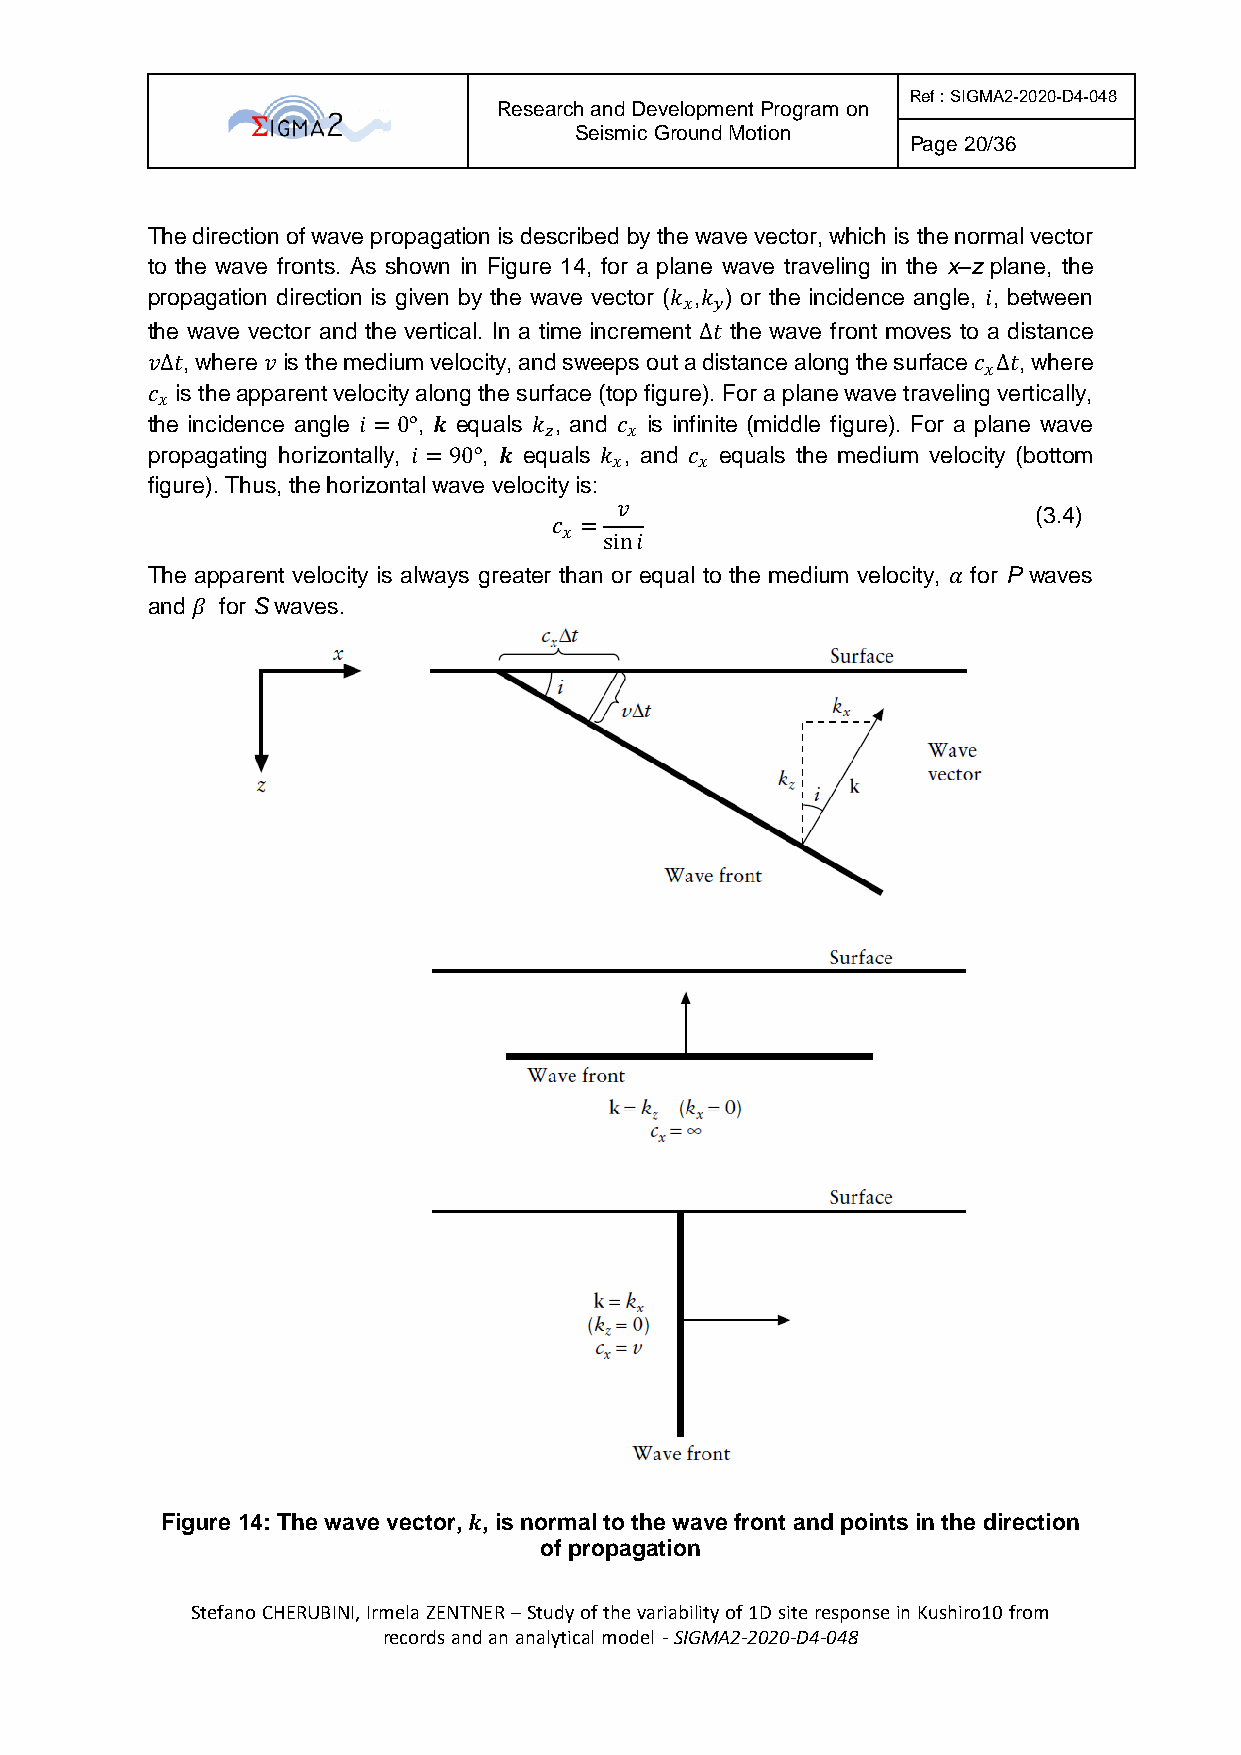
Ref : SIGMA2-2020-D4-048
 Research and Development Program on
 Seismic Ground Motion
 Page 20/36
 The direction of wave propagation is described by the wave vector, which is the normal vector
 to the wave fronts. As shown in Figure 14, for a plane wave traveling in the x–z plane, the
 propagation direction is given by the wave vector (𝑘 ,𝑘 ) or the incidence angle, 𝑖, between
 𝑥 𝑦
 the wave vector and the vertical. In a time increment Δ𝑡 the wave front moves to a distance
 𝑣Δ𝑡, where 𝑣 is the medium velocity, and sweeps out a distance along the surface 𝑐 Δ𝑡, where
 𝑥
 𝑐 is the apparent velocity along the surface (top figure). For a plane wave traveling vertically,
 𝑥
 the incidence angle 𝑖 = 0°, 𝒌 equals 𝑘 , and 𝑐 is infinite (middle figure). For a plane wave
 𝑧    𝑥
 propagating horizontally, 𝑖 = 90°, 𝒌 equals 𝑘 , and 𝑐 equals the medium velocity (bottom
 𝑥    𝑥
 figure). Thus, the horizontal wave velocity is:
 𝑣
 (3.4)
 𝑐 =
 𝑥  sin𝑖
 The apparent velocity is always greater than or equal to the medium velocity, 𝛼 for P waves
 and 𝛽 for S waves.
 Figure 14: The wave vector, 𝒌, is normal to the wave front and points in the direction
 of propagation
 Stefano CHERUBINI, Irmela ZENTNER – Study of the variability of 1D site response in Kushiro10 from
 records and an analytical model - SIGMA2-2020-D4-048